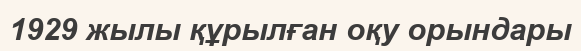
1929 жылы құрылған оқу орындары